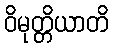
ဝိမုတ္တိယာတိ